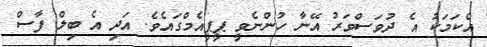
އެކަމަކު އެ ދުވަސްވަރު އޭނާ ހުންނެވީ ޕީޕީއެމްގައެވެ. އަދި އެ ބިލް ފާސް